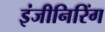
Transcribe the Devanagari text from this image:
इंजीनिरिंग